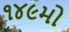
૧૪૯મો